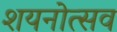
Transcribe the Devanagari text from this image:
शयनोत्सव